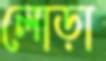
লোড়া